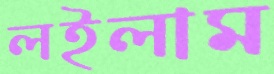
লইলাম